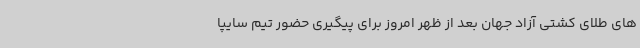
های طلای کشتی آزاد جهان بعد از ظهر امروز برای پیگیری حضور تیم سایپا